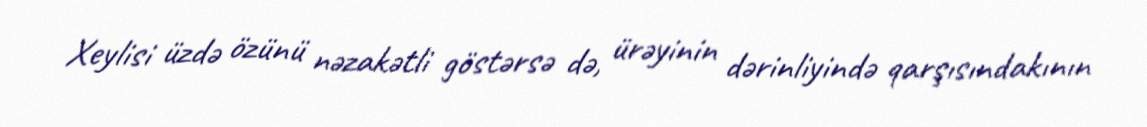
Xeylisi üzdə özünü nəzakətli göstərsə də, ürəyinin dərinliyində qarşısındakının